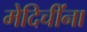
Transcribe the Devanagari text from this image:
मेदिचींना